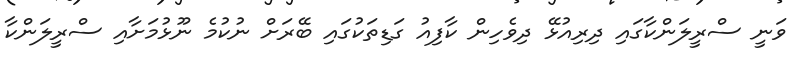
ވަނީ ސްރީލަންކާގައި ދިރިއުޅޭ ދިވެހިން ކާފިއު ގަޑިތަކުގައި ބޭރަށް ނުކުމެ ނޫޅުމަށާއި ސްރީލަންކާ